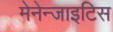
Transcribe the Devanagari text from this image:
मेनेन्जाइटिस